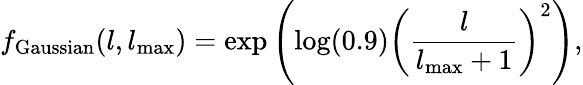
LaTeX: f_{\mathrm{Gaussian}}(l,l_{\mathrm{max}})=\exp\left(\log(0.9)\left(\frac{l}{l_{\mathrm{max}}+1}\right)^{2}\right),